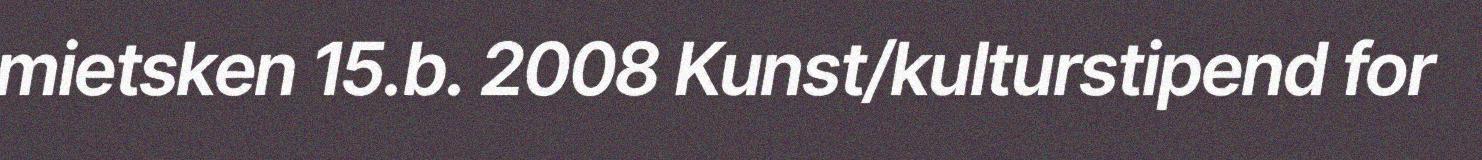
mietsken 15.b. 2008 Kunst/kulturstipend for